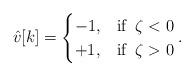
LaTeX: \begin{align*}\hat{v}[k]=\begin{cases}-1, & \mbox{if} \;\; \zeta<0\\+1, & \mbox{if} \;\; \zeta>0\end{cases}.\end{align*}